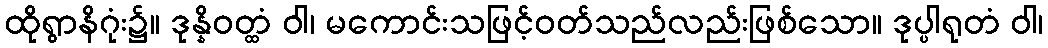
ထိုရွာနိဂုံး၌။ ဒုန္နိဝတ္ထံ ဝါ၊ မကောင်းသဖြင့်ဝတ်သည်လည်းဖြစ်သော။ ဒုပ္ပါရုတံ ဝါ၊